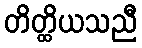
တိတ္ထိယသညီ